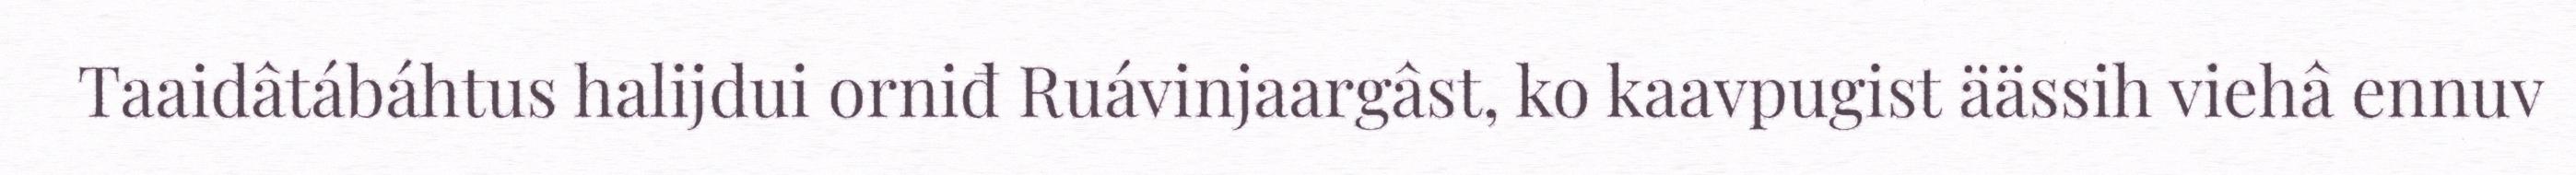
Taaidâtábáhtus halijdui orniđ Ruávinjaargâst, ko kaavpugist äässih viehâ ennuv